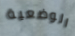
الوضعية